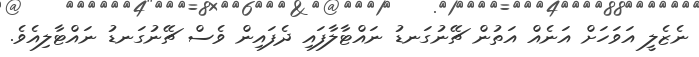
ނެޒެލީ އަވަހަށް އަނެއް އަތުން ޗޭނުގަނޑު ނައްޓާލާފައި ދެފައިން ވެސް ޗޭނުގަނޑު ނައްޓާލިއެވެ.